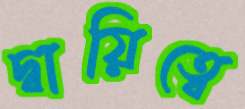
দ্বায়িত্বে